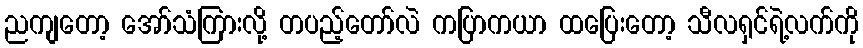
ညကျတော့ အော်သံကြားလို့ တပည့်တော်လဲ ကပြာကယာ ထပြေးတော့ သီလရှင်ရဲ့လက်ကို